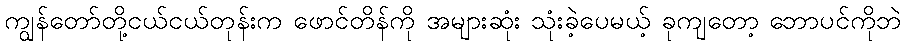
ကျွန်တော်တို့ငယ်ငယ်တုန်းက ဖောင်တိန်ကို အများဆုံး သုံးခဲ့ပေမယ့် ခုကျတော့ ဘောပင်ကိုဘဲ